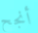
أنجح